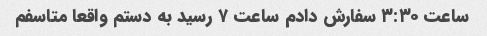
ساعت ٣:٣٠ سفارش دادم ساعت ٧ رسید به دستم واقعا متاسفم